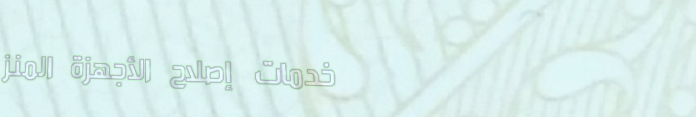
خدمات إصلاح الأجهزة المنز